Leaving Certificate Examination, 1903
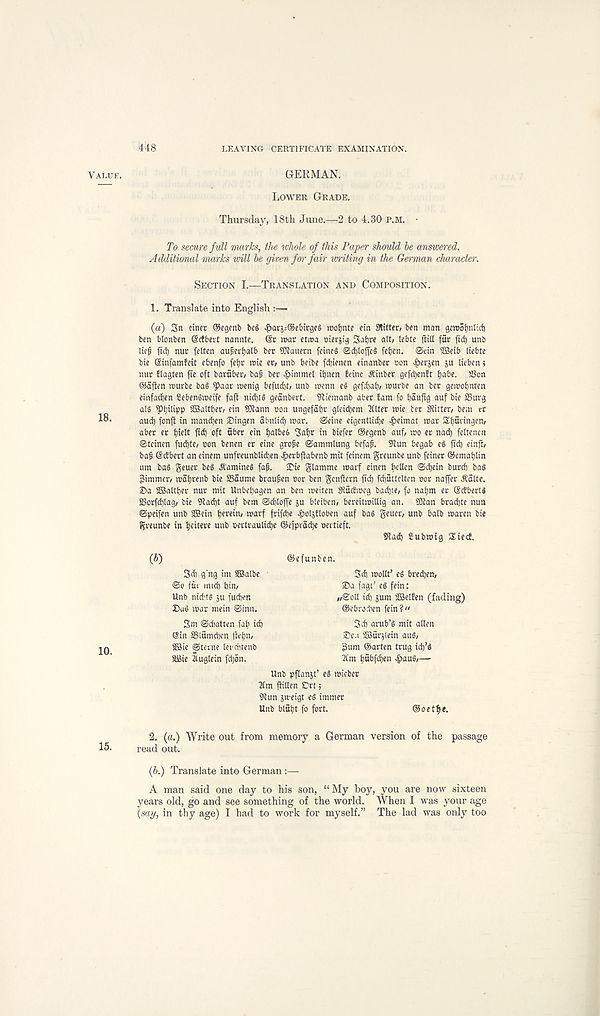
448
LEAVING CERTIFICATE EXAMINATION.
Value.
GERMAN.
Lower Grade.
Thursday, 18th June.—2 to 4.30 p.m. •
To secure full marks, the whole of this Paper should be answered.
Additional marks will be given for fair witing in the German character.
Section I.—Translation and Composition.
1. Translate into English :—
(a) 3n ?iner ®egenb bee $ar5=®ebtrge§ roofjnte ein Slitter, ben man gemoimlicf)
ben btonben (Scfbert nannte. @r roar etroa cierjig 3at)« ah/ hbte ftitl fur fid) unb
lief fid) nur fetten auferfjatb ber SSattern feineS ©c^toffeS feijcn. ©tin 3Beib (iebte
bie ©infamfeit ebenfo fetjr roie er, unb beibe fdjienen einanber non £erjen ju lieben i
mtr tlagten fie oft baruber, baf ber ^immet itjnen leine A' inber gefd)entt tjabe. 58on
©aften rourbe ba§ ^>aar roenig befud)t, unb roenn el gefdiat)/ rourbe an ber geroofjnten
einfad)en Sebenlroeife faft nidjtl geanbert. Stiemanb aber bam fo tjaufig auf bie SSurg
all
SSaltber, ein SJtann son ungefatjr gleidjem 2Ctter roie ter Stitter, bem er
and) fonft in mandjen Singen abnlid) roar, ©eine eigentlidje ^>eimat roar Stjuringen,
aber er f)ielt fid) oft fiber ein tjalbel ‘Jatjr in biefer ®egenb auf, roo er nad) feltenen
©tcinen fud)te, oon benen er eine grojse ©ammlung befaf. Stun begab el fid) einjl,
baf ©ctbert an einem unfreunblicfen ^erbjiabenb mit feinem greunbe unb feiner ©cmatjtin
urn bal geuer be! Aaminel faf. iDie glamme roarf einen bcllen ©c^ein burcb bal
Simmer, roat)renb bie SSaume braufen oor ben genftern fid) fd)5ttclten oor naffer ^atte.
©a 2Baltt)er nur mit Unbet)agen an ben roeiten Stuctrocg badjte, fo nat)m er ScEbertl
SSorfdjtag, bie Stad)t auf bem ©djtoffe ju bleiben, bereitroitiig an. iOtan brad)te nun
©peifen unb SIBein tjerein, roarf frifcbe Jf>oIjEloben auf bal geucr, unb batb roaren bie
Jjreunbe in ijeitere unb oevtrautidje ®e)prad)e oertieft.
Stad) Subroig Siecb.
(*)
10.
©efunben.
3d) g' ng im SfBatbe
©o fur mid) bin,
Unb nid;tl ju fud>en
Dal roar mein ©inn.
3d) roolit’ el bredjen,
Da fagi’ el fein:
„©oU id) sum SBetlen (fading)
©ebrodicn fein?"
3m ©diatten fab i <b
©in SSlfimdjcn ftefn,
SBie ©terne terduenb
SBie iiuglein fd)on.
3d) grub’l mit alien
Den JBurjlein aul,
Sum ®arten trug idj’l
3tm bfibfcfen ^>aul,—
Unb pflanjt’ el roieber
2tm fiillen Drt i
Stun jroeigt el immer
Unb blfit)t fo fort.
©oet^e.
2. (a.) Write out from memory a German version of the passage
15. read out.
(6.) Translate into German :—
A man said one day to his son, “My boy, you are now sixteen
years old, go and see something of the world. When I was your age
(say, in thy age) I had to work for myself.” The lad was only too